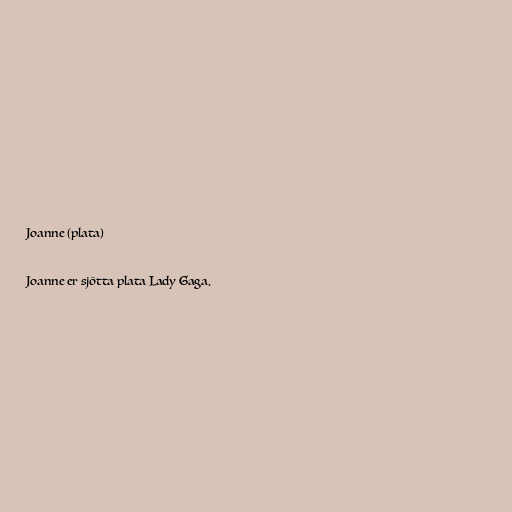
Joanne (plata)

Joanne er sjötta plata Lady Gaga.